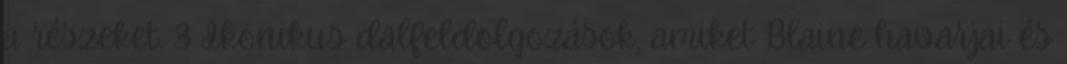
a részeket. 3 Ikonikus dalfeldolgozások, amiket Blaine havarjai és